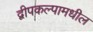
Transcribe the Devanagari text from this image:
द्वीपकल्पामधील